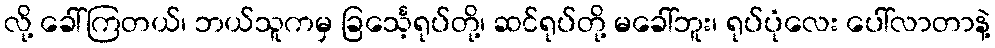
လို့ ခေါ်ကြတယ်၊ ဘယ်သူကမှ ခြင်္သေ့ရုပ်တို့၊ ဆင်ရုပ်တို့ မခေါ်ဘူး၊ ရုပ်ပုံလေး ပေါ်လာတာနဲ့